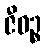
ဇီဝဉ္စ